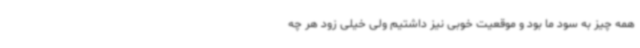
همه چیز به سود ما بود و موقعیت خوبی نیز داشتیم ولی خیلی زود هر چه